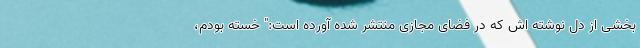
بخشی از دل نوشته اش که در فضای مجازی منتشر شده آورده است:" خسته بودم،